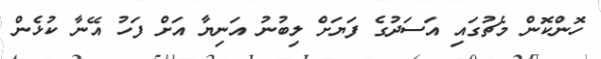
ހޮންކޮން މެޗުގައި އަަސަދުގެ ފަޔަށް ލިބުނު އަނިޔާ އަށް ފަހު އޭނާ ކުޅެން